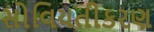
સોવિયતીકરણ